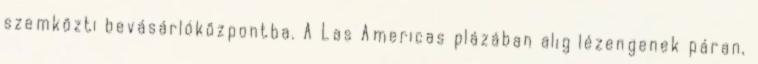
szemközti bevásárlóközpontba. A Las Americas plázában alig lézengenek páran,